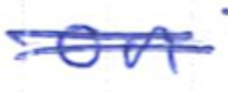
Text: on
Cross-out: double-line
Writing tool: ballpoint